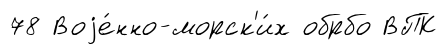
78 Воjе́нно-морск'и́х обрбо ВПК